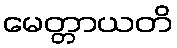
မေတ္တာယတိ